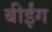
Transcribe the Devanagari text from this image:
बीईंग